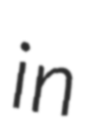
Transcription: in